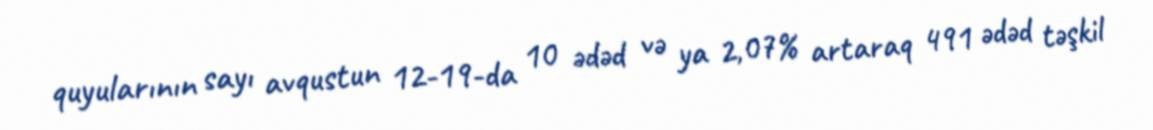
quyularının sayı avqustun 12-19-da 10 ədəd və ya 2,07% artaraq 491 ədəd təşkil